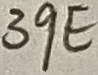
Text: 39E